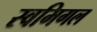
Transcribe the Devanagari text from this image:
स्वमिगल